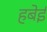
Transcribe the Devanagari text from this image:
हबेई